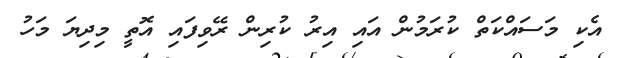
އެކި މަސައްކަތް ކުރަމުން އައި އިރު ކުރިން ރޭވިފައި އޮތީ މިދިޔަ މަހު